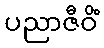
ပညာဇီဝိံ